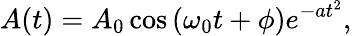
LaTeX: A(t)=A_{0}\cos{(\omega_{0}t+\phi)}e^{-at^{2}},